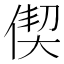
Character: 偰